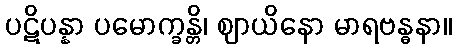
ပဋိပန္နာ ပမောက္ခန္တိ၊ ဈာယိနော မာရဗန္ဓနာ။